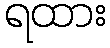
ရထား